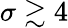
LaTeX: \sigma\gtrsim 4